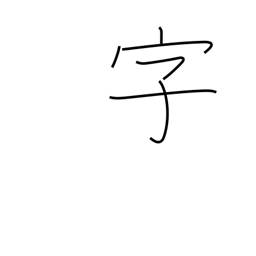
Meaning: section of village